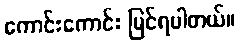
ကောင်းကောင်း မြင်ရပါတယ်။